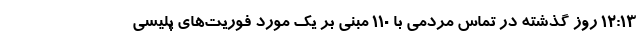
۱۲:۱۳ روز گذشته در تماس مردمی با ۱۱۰ مبنی بر یک مورد فوریت‌های پلیسی